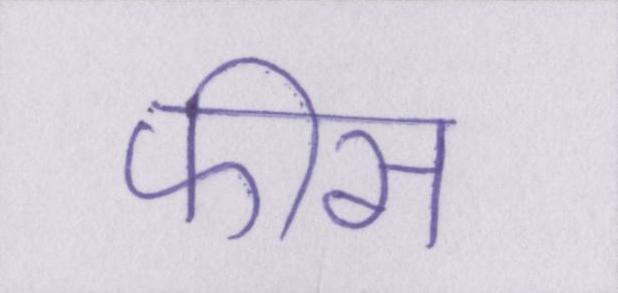
फीस